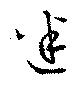
迷